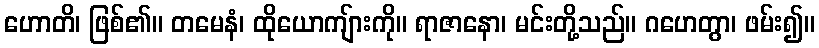
ဟောတိ၊ ဖြစ်၏။ တမေနံ၊ ထိုယောကျ်ားကို။ ရာဇာနော၊ မင်းတို့သည်။ ဂဟေတွာ၊ ဖမ်း၍။